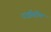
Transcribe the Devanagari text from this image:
राईसोम